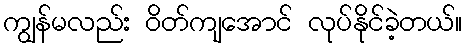
ကျွန်မလည်း ဝိတ်ကျအောင် လုပ်နိုင်ခဲ့တယ်။